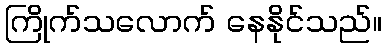
ကြိုက်သလောက် နေနိုင်သည်။